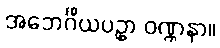
အဘေင်္ဂိယပဥှာ ဝဏ္ဏနာ။